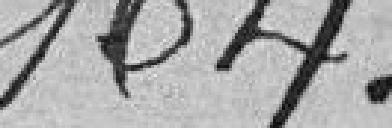
164